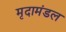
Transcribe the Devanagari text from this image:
मृदामंडल